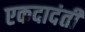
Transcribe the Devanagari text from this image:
एकदादंती